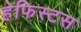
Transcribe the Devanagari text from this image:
हेफिस्टस